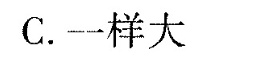
C.一样大